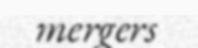
mergers